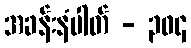
အခန်းနံပါတ် - ၃၀၄